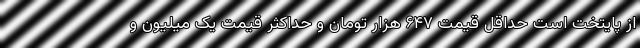
از پایتخت است حداقل قیمت ۶۴۷ هزار تومان و حداکثر قیمت یک میلیون و